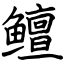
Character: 鳣